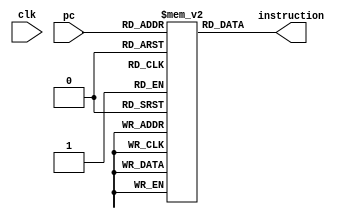
 /************** Operation Code in instructions ****************/
	`define OP_NOP			4'b0000
	`define OP_ADD			4'b0001
	`define OP_SUB			4'b0010
	`define OP_AND			4'b0011
	`define OP_OR			4'b0100
	`define OP_XOR			4'b0101
	`define OP_SL			4'b0110
	`define OP_SR			4'b0111
	`define OP_SRU			4'b1000
	`define OP_ADDI			4'b1001
	`define OP_LD			4'b1010
	`define OP_ST			4'b1011
	`define OP_BZ			4'b1100
	
	/************** ALU operation command ****************/
	//`define ALU_NC			3'bxxx		// not care
	`define ALU_ADD			3'b000
	`define ALU_SUB			3'b001
	`define ALU_AND			3'b010
	`define ALU_OR			3'b011
	`define ALU_XOR			3'b100
	`define ALU_SL			3'b101
	`define ALU_SR			3'b110
	`define ALU_SRU			3'b111
	
	/************** Branch condition code ****************/
	`define BRANCH_Z		3'b000
	//`define BRANCH_GT		3'b001
	//`define BRANCH_LE		3'b010

module instruction_mem		
(
	input					clk,		// asynchronized!!
	input	[7:0]	pc,
	
	output	[15:0]			instruction
);
	
	reg	[15:0] rom [2**7 : 0];
	
	wire [7 : 0] rom_addr = pc[7 : 0];
	
	// always @ (posedge clk) begin
	// always @ (*) begin
	    // instruction = rom[rom_addr];
	// end
	
	assign instruction = rom[rom_addr];
	
	
endmodule